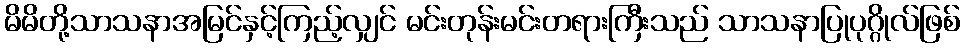
မိမိတို့သာသနာအမြင်နှင့်ကြည့်လျှင် မင်းတုန်းမင်းတရားကြီးသည် သာသနာပြုပုဂ္ဂိုလ်ဖြစ်